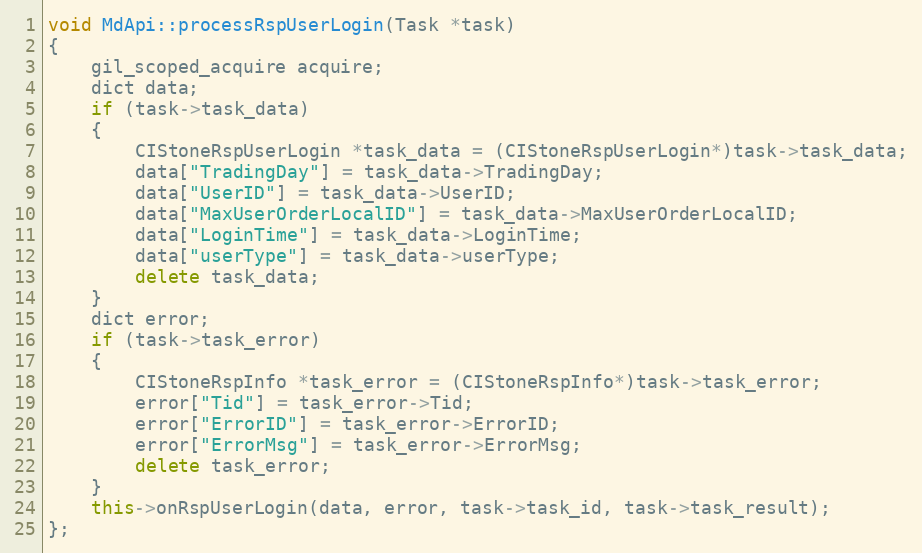
Language: C++
void MdApi::processRspUserLogin(Task *task)
{
	gil_scoped_acquire acquire;
	dict data;
	if (task->task_data)
	{
		CIStoneRspUserLogin *task_data = (CIStoneRspUserLogin*)task->task_data;
		data["TradingDay"] = task_data->TradingDay;
		data["UserID"] = task_data->UserID;
		data["MaxUserOrderLocalID"] = task_data->MaxUserOrderLocalID;
		data["LoginTime"] = task_data->LoginTime;
		data["userType"] = task_data->userType;
		delete task_data;
	}
	dict error;
	if (task->task_error)
	{
		CIStoneRspInfo *task_error = (CIStoneRspInfo*)task->task_error;
		error["Tid"] = task_error->Tid;
		error["ErrorID"] = task_error->ErrorID;
		error["ErrorMsg"] = task_error->ErrorMsg;
		delete task_error;
	}
	this->onRspUserLogin(data, error, task->task_id, task->task_result);
};